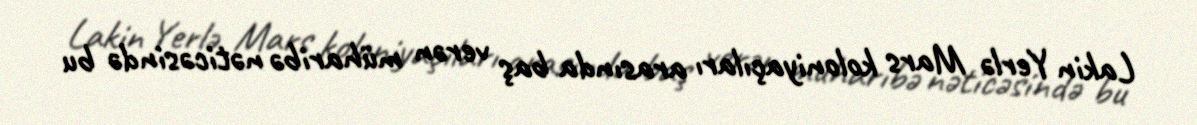
Lakin Yerlə Mars koloniyaçıları arasında baş verən müharibə nəticəsində bu